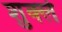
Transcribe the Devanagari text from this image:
शुक्ले